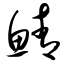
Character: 鲭